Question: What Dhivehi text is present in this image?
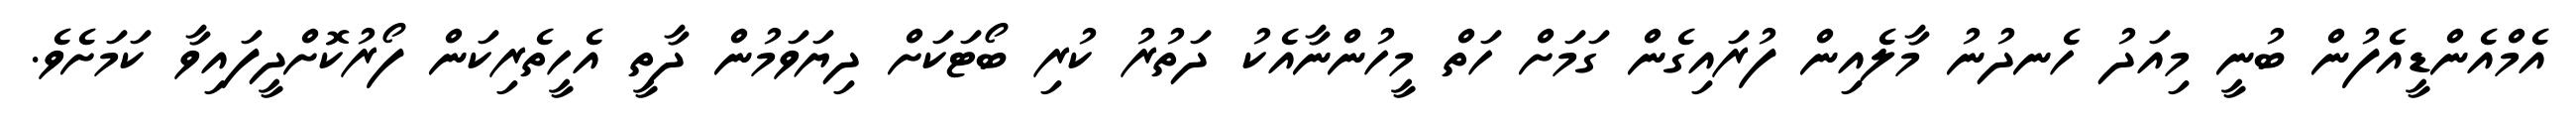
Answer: އެމްއެންޑީއެފުން ބުނީ މިއަދު ހެނދުނު މާލެއިން ފުރައިގެން ގަމަށް ހަތް މީހުންނާއެކު ދަތުރު ކުރި ބޯޓަކަށް ދިޔަވަމުން ދާތީ އެހީތެރިކަން ފޯރުކޮށްދީފައިވާ ކަމަށެވެ.